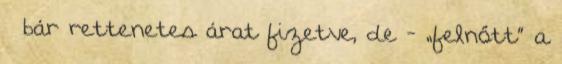
– bár rettenetes árat fizetve, de - „felnőtt” a